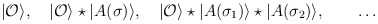
\begin{align*}|{\cal O}\rangle,~~~|{\cal O}\rangle \star |A(\sigma)\rangle ,~~~|{\cal O}\rangle \star |A(\sigma_1)\rangle\star |A(\sigma_2)\rangle ,\qquad \dots\end{align*}